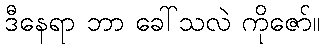
ဒီနေရာ ဘာ ခေါ်သလဲ ကိုဇော်။